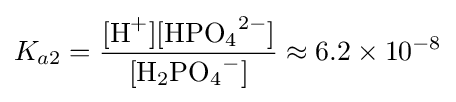
K_{a2}={\frac {[{\ce {H+}}][{\ce {HPO4^2-}}]}{[{\ce {H2PO4-}}]}}\approx 6.2\times 10^{-8}